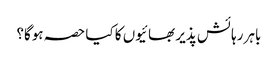
باہر رہائش پذیر بھائیوں کا کیا حصہ ہوگا؟